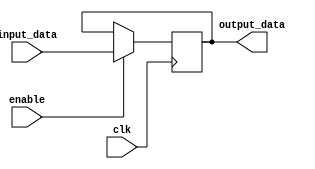
module REG_374(clk, input_data, enable, output_data);

input [7:0] input_data;
input clk;
input enable;

output [7:0] output_data;

reg [7:0] output_data;

always @(posedge clk)
begin
	if(enable == 1)
		output_data <= input_data;
end

endmodule